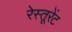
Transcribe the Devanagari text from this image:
रेस्तूरेंट